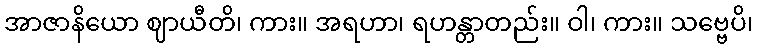
အာဇာနိယော ဈာယီတိ၊ ကား။ အရဟာ၊ ရဟန္တာတည်း။ ဝါ၊ ကား။ သဗ္ဗေပိ၊